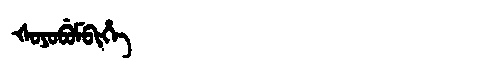
Manchu: ᡧᠣᠶᠣᠪᡠᠮᠪᡳᡥᡝ
Romanization: ŠOYOBUMBIHE